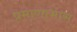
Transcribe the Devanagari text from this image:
प्रमाणाभास